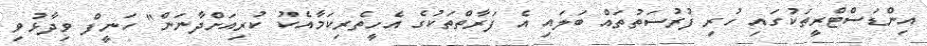
އިންޑަސްޓްރީތަކުގައި ހުރި ފުރުސަތުތައް ބަލައި އެ ފަރާތްތަކުގެ އެހީތެރިކަމާއެކު ކުރިއަށްދާނަން" ހަނީފް ވިދާޅުވި